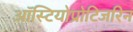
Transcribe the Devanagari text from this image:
ऑस्टियोप्रोटिजरिन